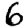
Digit: 6